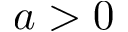
a > 0